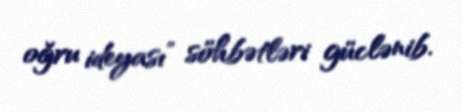
oğru ideyası” söhbətləri güclənib.